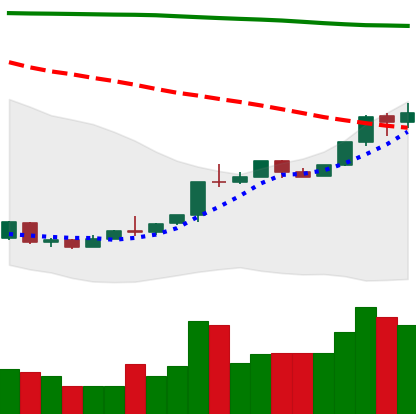
Ticker: ETH-USD
Chart end date: 2018-04-22
Forward return: 4.048%
Label: up_3_5